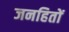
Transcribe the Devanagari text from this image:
जनहितों